Indian journal of veterinary science and animal husbandry - Volume 12,
Year: 1942
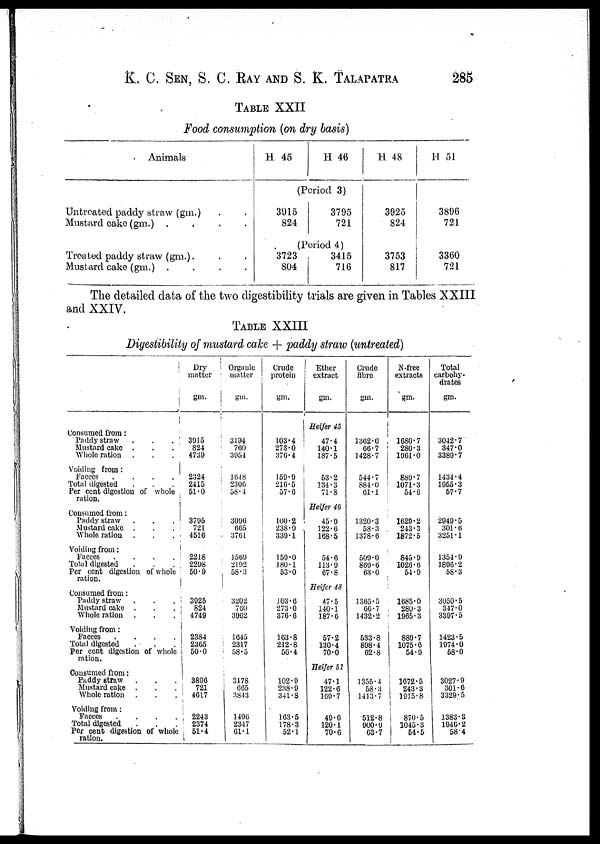
K. C. SEN, S. C. RAY AND S. K. TALAPATRA 285
TABLE XXII
Food consumption (on dry basis)
Animals
Untreated paddy straw (gm.) . .
Mustard cake (gm.)
.
.
.
.
Treated paddy straw (gm.) . . .
Mustard cake (gm.) . . . .
H 45
H 46
(Period 3)
3915
824
3795
721
(Period 4)
3723
804
3415
716
H 48
3925
824
3753
817
H 51
3896
721
3360
721
The detailed data of the two digestibility trials are given in Tables XXIII
and XXIV.
TABLE XXIII
Digestibility of mustard cake + paddy straw (untreated)
Consumed from :
Paddy straw
.
.
.
Mustard cake . . .
Whole ration . . .
Voiding from :
Faeces
.
.
.
.
Total digested . . .
Per cent digestion of whole
ration.
Consumed from :
Paddy straw
.
.
.
Mustard cake .
.
.
Whole ration
. . .
Voiding from :
Faeces
.
.
.
.
Total digested
.
.
.
Per cent digestion of whole
ration.
Consumed from :
Paddy straw
.
.
.
Mustard cake .
.
.
Whole ration
.
.
.
Voiding from :
Faeces . . . .
Total digested . . .
Per cent digestion of whole
ration.
Consumed from :
Paddy straw . . .
Mustard cake . . .
Whole ration . . .
Voiding from :
Faeces
.
.
.
.
Total digested . . .
Per cent digestion of whole
ration.
Dry
matter
gm.
3915
824
4739
2324
2415
51.0
3795
721
4516
2218
2298
50.9
3925
824
4749
2384
2365
50.0
3896
721
4617
2243
2374
51.4
Organic
matter
gm.
3194
760
3954
1648
2306
58.4
3096
665
3761
1569
2192
58.3
3202
760
3962
1645
2317
58.5
3178
665
3843
1496
2347
61.1
Crude
protein
gm.
103.4
273.0
376.4
159.9
216.5
57.6
100.2
238.9
339.1
159.0
180.1
53.0
103.6
273.0
376.6
163.8
212.8
56.4
102.9
238.9
341.8
163.5
178.3
52.1
Ether
extract
gm.
Heifer 45
47.4
140.1
187.5
53.2
134.3
71.8
Heifer 46
45.9
122.6
168.5
54.6
113.9
67.8
Heifer 48
47.5
140.1
187.6
57.2
130.4
70.0
Heifer 51
47.1
122.6
169.7
49.6
120.1
70.6
Crude
fibre
gm.
1362.0
66.7
1428.7
544.7
884.0
61.1
1320.3
58.3
1378.6
509.0
869.6
63.0
1365.5
66.7
1432.2
533.8
898.4
62.8
1355.4
58.3
1413.7
512.8
900.9
63.7
N-free
extracts
gm.
1680.7
280.3
1961.0
889.7
1071.3
54.6
1629.2
243.3
1872.5
845.9
1026.6
54.9
1685.0
280.3
1965.3
889.7
1075.6
54.9
1672.5
243.3
1915.8
870.5
1045.3
54.5
Total
carbohy-
drates
gm.
3042.7
347.0
3389.7
1434.4
1955.3
57.7
2949.5
301.6
3251.1
1354.9
1896.2
58.3
3050.5
347.0
3397.5
1423.5
1974.0
58.0
3027.9
301.6
3329.5
1383.3
1946.2
58.4